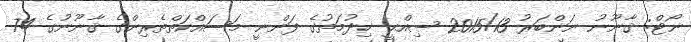
ނޯޓް: ޤާނޫނު ނަންބަރު 2015/13 ޞިއްޙީ ޚިދުމަތުގެ ފަންނީ މަސައްކަތްތެރިންގެ ޤާނޫނުގެ 74